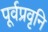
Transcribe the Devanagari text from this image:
पूर्वप्रवृनि